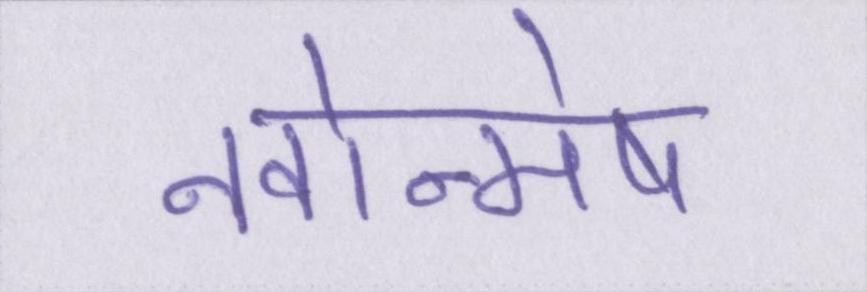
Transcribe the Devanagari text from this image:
नवोन्मेष